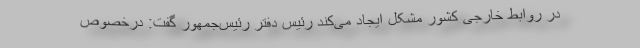
در روابط خارجی کشور مشکل ایجاد می‌کند رئیس دفتر رئیس‌جمهور گفت: درخصوص